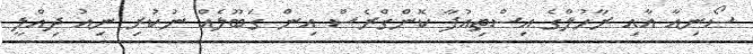
ސޯނިއާ އާއި ރާހުލްގެ އިސްތިއުފާ ކޮންގްރެސް އިން ގަބޫލެއް ނުކުރި ނިއު ދިއްލީ